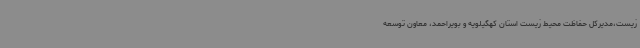
زیست،مدیرکل حفاظت محیط زیست استان کهگیلویه و بویراحمد، معاون توسعه